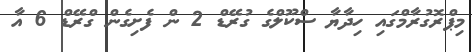
މިޕްރޮގުރާމްގައި ހިދާޔާ ސްކޫލްގެ ގުރޭޑް 2 ން ފެށިގެން ގްރޭޑް 6 އާ